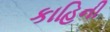
કાહિની